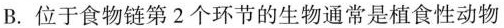
B.位于食物链第2个环节的生物通常是植食性动物